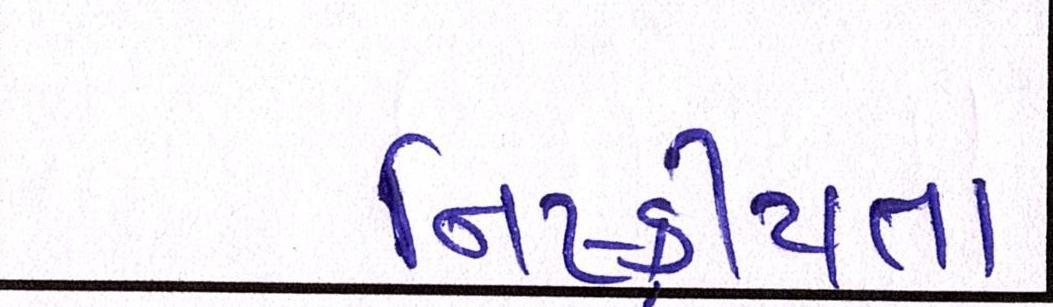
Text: નિષ્ક્રીયતા